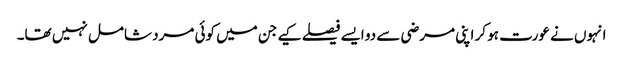
انہوں نے عورت ہو کر اپنی مرضی سے دو ایسے فیصلے کیے جن میں کوئی مرد شامل نہیں تھا۔